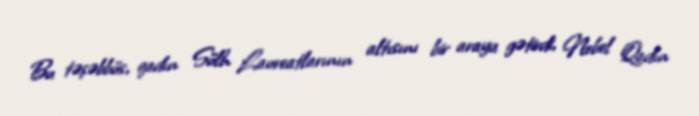
Bu təşəbbüs, qadın Sülh Laureatlarının altısını bir araya gətirdi, Nobel Qadın